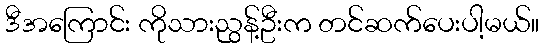
ဒီအကြောင်း ကိုသားညွန့်ဦးက တင်ဆက်ပေးပါ့မယ်။